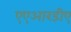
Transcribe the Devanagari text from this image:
एएआरडीए